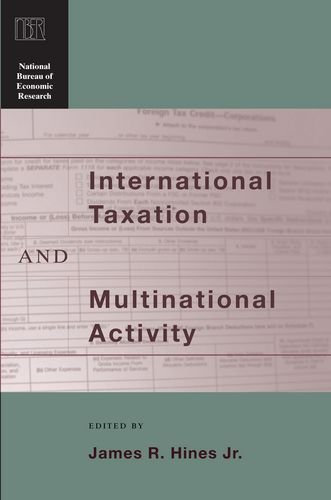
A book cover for International Taxation and Multinational Activity (National Bureau of Economic Research Conference Report); Law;